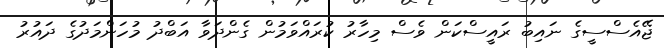
ޖޭއެސްސީގެ ނައިބު ރައީސްކަން ވެސް މިހާރު ކުރައްވަމުން ގެންދަވާ އަބްދު މުހަންމަދުގެ ދައުރު